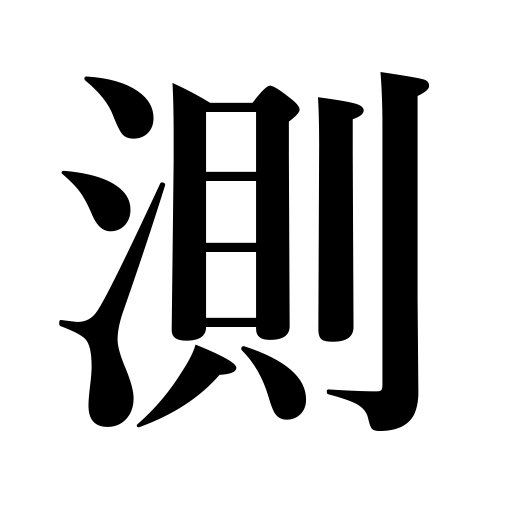
Meanings: compute,sound,weigh,measure,gauge,estimate,fathom